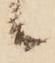
候